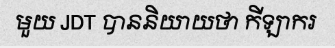
មួយ JDT បាននិយាយថា កីឡាករ